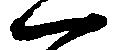
一